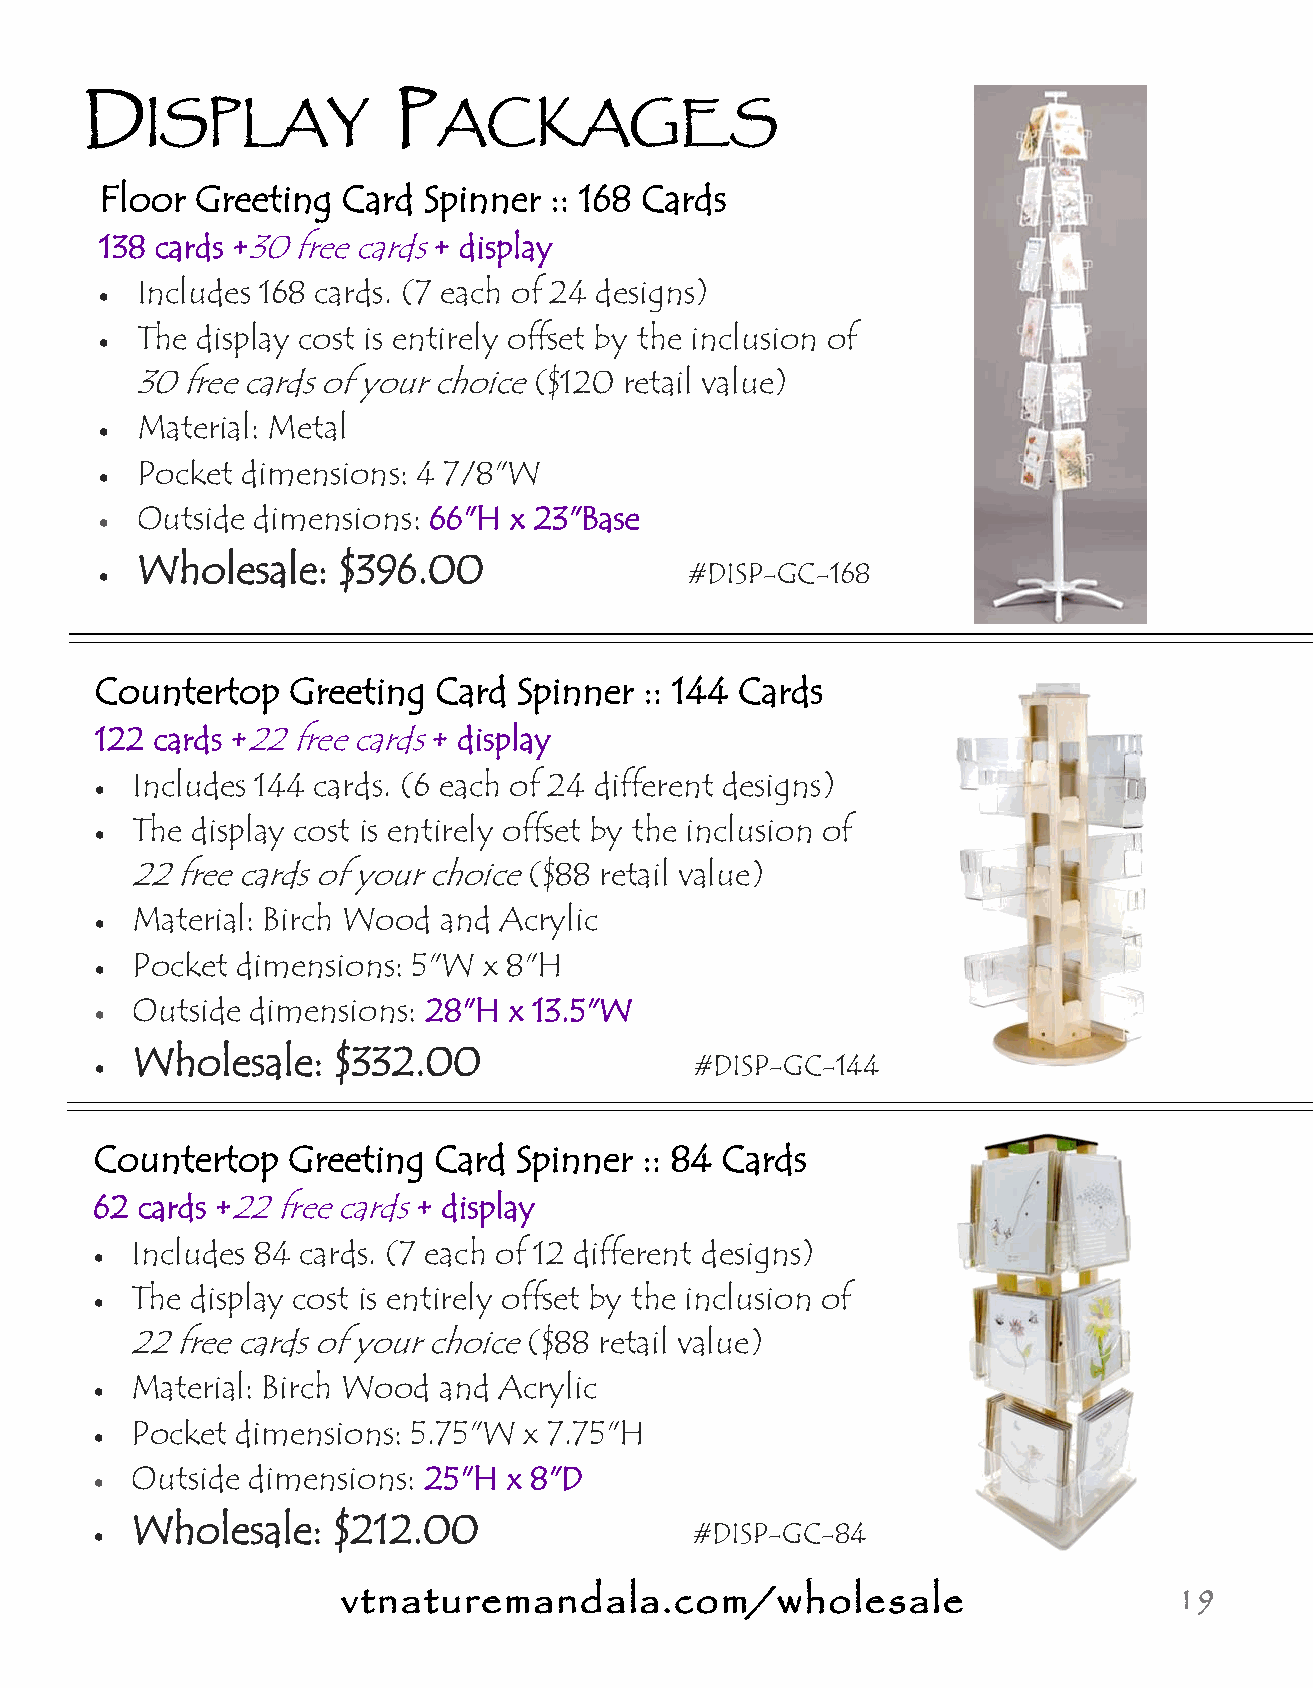
D                   P
 ISPLAY             ACKAGES
 Floor Greeting  Card Spinner :: 168 Cards
 138 cards +30 free cards + display
 Includes 168 cards. (7 each of 24 designs)
 
 The display cost is entirely offset by the inclusion of
 
 30 free cards of your choice ($120 retail value)
 Material: Metal
 
 Pocket dimensions: 4 7/8"W
 
 Outside dimensions: 66"H x 23"Base
 
 Wholesale:   $396.00
                                       #DISP-GC-168
 Countertop   Greeting  Card Spinner  :: 144 Cards
 122 cards +22 free cards + display
 Includes 144 cards. (6 each of 24 different designs)
 
 The display cost is entirely offset by the inclusion of
 
 22 free cards of your choice ($88 retail value)
 Material: Birch Wood and Acrylic
 
 Pocket dimensions: 5"W x 8"H
 
 Outside dimensions: 28"H x 13.5"W
 
 Wholesale:   $332.00
                                        #DISP-GC-144
 Countertop   Greeting  Card Spinner  :: 84 Cards
 62 cards +22 free cards + display
 Includes 84 cards. (7 each of 12 different designs)
 
 The display cost is entirely offset by the inclusion of
 
 22  free cards of your choice ($88 retail value)
 Material: Birch Wood and Acrylic
 
 Pocket dimensions: 5.75"W x 7.75"H
 
 Outside dimensions: 25"H x 8"D
 
 Wholesale:   $212.00
                                        #DISP-GC-84
 vtnaturemandala.com/wholesale                          19